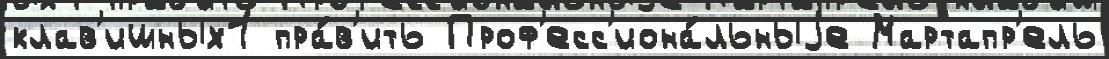
клав'ишных1 пра́в'ить Проф'есс'иона́льныjе Мартапр'ель